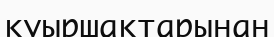
қуыршақтарынан